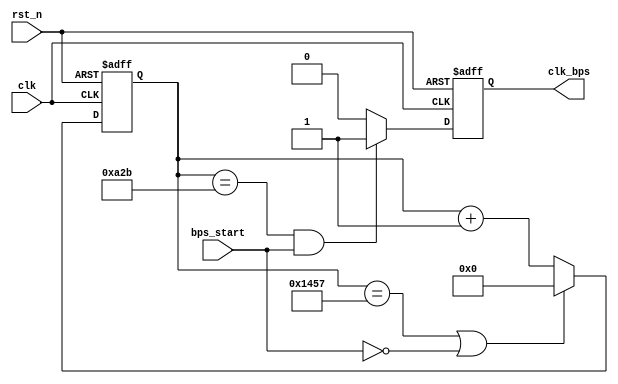
/*
** speed_select.v
**
**
*/

`timescale 1ns / 1ps


module speed_select(input clk, input rst_n, input bps_start, output clk_bps);
/*
parameter 		bps9600 	= 5207,	//Taxa de transmissao de 9600bps
			 	   bps19200 	= 2603,	//Taxa de transmissao de 19200bps
				   bps38400 	= 1301,	//Taxa de transmissao de 38400bps
				   bps57600 	= 867,	//Taxa de transmissao de 57600bps
				   bps115200	= 433;	//Taxa de transmissao de 115200bps

parameter 		bps9600_2 	= 2603,
				   bps19200_2	= 1301,
				   bps38400_2	= 650,
				   bps57600_2	= 433,
				   bps115200_2 = 216;  
*/

// Valores de cntagem de divisao de frequencia de taxa de transmissao
//			podem ser alterados de acordo com os valores acima
//
`define BPS_PARA		5207 
`define BPS_PARA_2	2603 


		// Declaracao de variaveis e sinais
		reg[12:0] cnt;
		reg clk_bps_r;
		
		// Registro de selecao da taxa de transmissao
		reg[2:0] uart_ctrl;
		
		// Bloco always executado nas bordas de subida de clk ou bordas de descida de rst
		always @ ( posedge clk or negedge rst_n )
		begin
				if( !rst_n ) begin
						cnt <= 13'd0;
				end
				
				else if( (cnt == `BPS_PARA) || !bps_start ) begin
						cnt <= 13'd0;
				end
				
				else begin
						cnt <= cnt + 1'b1;
				end
		end
		
		// Bloco always executado nas bordas de subida de clk ou bordas de descida de rst
		always @ ( posedge clk or negedge rst_n )
		begin
			if( !rst_n ) begin
					clk_bps_r <= 1'b0;
			end
			
			else if( (cnt == `BPS_PARA_2) && bps_start ) begin
					clk_bps_r <= 1'b1;
			end
			
			else begin
					clk_bps_r <= 1'b0;
			end
		end
		
		
		// --> Atribuir a 'clk_bps' o valor de 'clk_bps_r'
		assign clk_bps = clk_bps_r;
endmodule